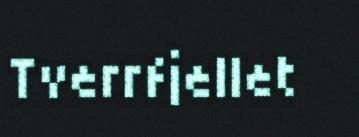
Tverrfjellet